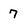
Character: 7